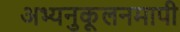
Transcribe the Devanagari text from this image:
अभ्यनुकूलनमापी